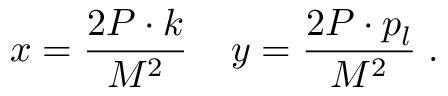
x = \frac { 2 P \cdot k } { M ^ { 2 } } \; \; \; \; y = \frac { 2 P \cdot p _ { l } } { M ^ { 2 } } \; .